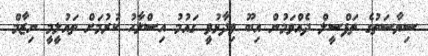
ސިޔާސަތުގެ ތަފްސީލް ދެއްވަމުން އިބޫ ވިދާޅުވީ ގައުމު އިސްލާހު ކުރުމަށް ތައުލީމީ ނިޒާމް